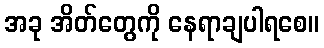
အခု အိတ်တွေကို နေရာချပါရစေ။